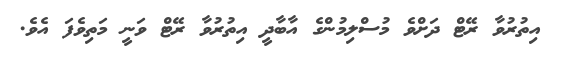
އިތުރުވާ ރޭޓް ދަށްވެ މުސްލިމުންގެ އާބާދީ އިތުރުވާ ރޭޓް ވަނީ މަތިވެފަ އެވެ.